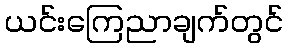
ယင်းကြေညာချက်တွင်